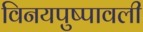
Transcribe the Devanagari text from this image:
विनयपुष्पावली